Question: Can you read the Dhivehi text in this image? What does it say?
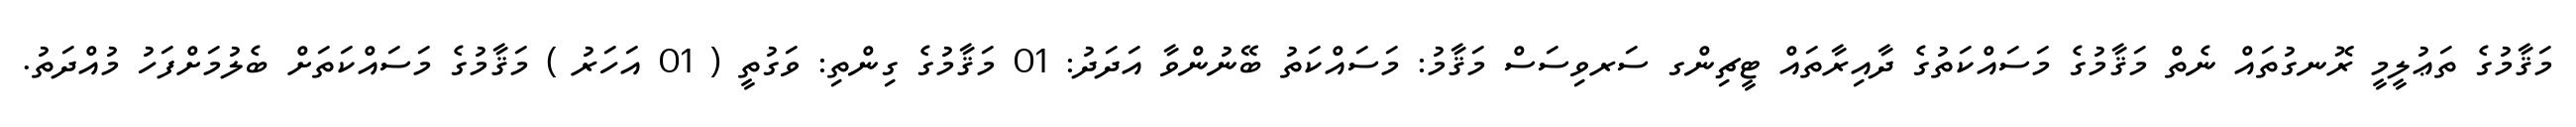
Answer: މަޤާމުގެ ތަޢުލީމީ ރޮނގުތައް ނެތް މަޤާމުގެ މަސައްކަތުގެ ދާއިރާތައް ޓީޗިންގ ސަރވިސަސް މަޤާމު: މަސައްކަތު ބޭނުންވާ އަދަދު: 01 މަޤާމުގެ ގިންތި: ވަގުތީ ( 01 އަހަރު ) މަޤާމުގެ މަސައްކަތަށް ބެލުމަށްފަހު މުއްދަތު.